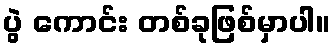
ပွဲ ကောင်း တစ်ခုဖြစ်မှာပါ။